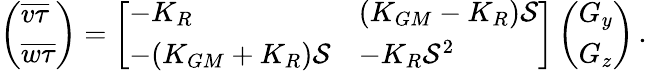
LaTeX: \begin{array}{r}{\left(\begin{array}{l}{\overline{{v\tau}}}\\ {\overline{{w\tau}}}\end{array}\right)=\left[\begin{array}{ll}{-K_{R}}&{(K_{GM}-K_{R}){\cal S}}\\ {-(K_{GM}+K_{R}){\cal S}}&{-K_{R}{\cal S}^{2}}\end{array}\right]\left(\begin{array}{l}{G_{y}}\\ {G_{z}}\end{array}\right)\, .}\end{array}